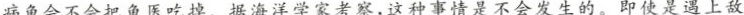
病鱼会不会把鱼医吃掉。据海洋学家考察，这种事情是不会发生的。即使是遇上敌